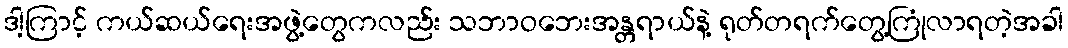
ဒါ့ကြာင့် ကယ်ဆယ်ရေးအဖွဲ့တွေကလည်း သဘာဝဘေးအန္တရာယ်နဲ့ ရုတ်တရက်တွေ့ကြုံလာရတဲ့အခါ